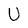
Character: U